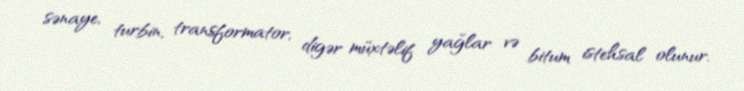
sənaye, turbin, transformator, digər müxtəlif yağlar və bitum istehsal olunur.